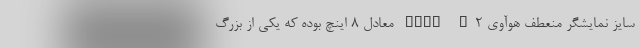
سایز نمایشگر منعطف هوآوی Mate X2 معادل 8 اینچ بوده که یکی از بزرگ